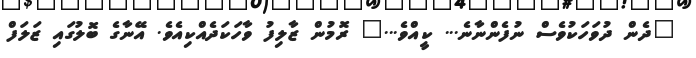
"ދެން ދުވަހަކުވެސް ނުފެންނާނެ... ކީއްވެ..." ރޮމުން ޒާލިފު ވާހަކަދެއްކިއެވެ. އޭނާގެ ބޮލުގައި ޒަލަފް